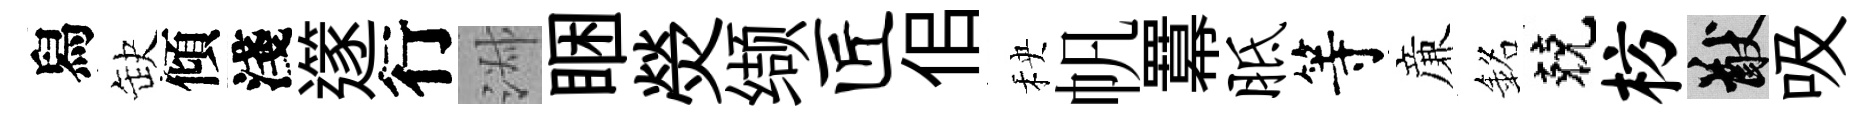
舄缺傾淺𨗹行淑睏熒缬匠佀秧帆羃胝等亷銘兢枋猷吸